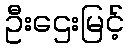
ဦးဌေးမြင့်